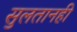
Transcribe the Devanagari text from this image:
सुलतानही